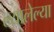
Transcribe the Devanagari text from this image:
ल्यालेल्या